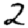
Digit: 2